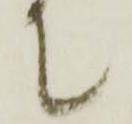
て